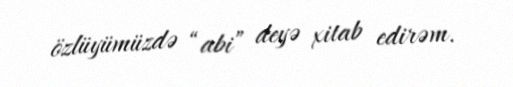
özlüyümüzdə “abi” deyə xitab edirəm.